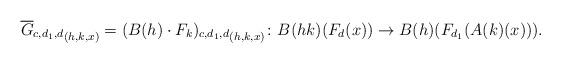
LaTeX: \begin{align*}{\overline{G}_{c, d_1, d}}_{(h, k, x)} = {(B(h) \cdot {F}_k)_{c, d_1, d}}_{(h, k, x)} \colon B(hk)(F_d(x)) \to B(h)(F_{d_1}(A(k)(x))).\end{align*}